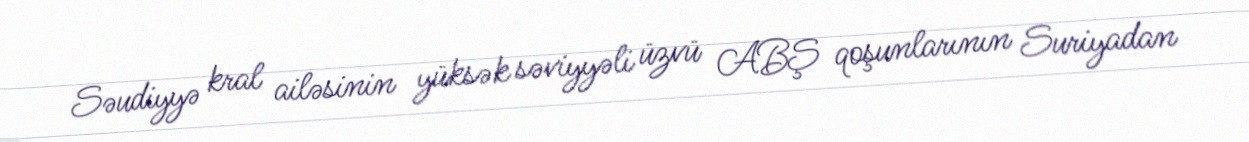
Səudiyyə kral ailəsinin yüksək səviyyəli üzvü ABŞ qoşunlarının Suriyadan